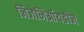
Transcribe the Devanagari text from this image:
जिजेनिऑयडीज